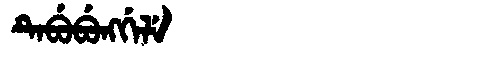
Manchu: ᡨᡝᠪᡠᠪᡠᠩᡤᡝᠯᡝ
Romanization: TEBUBUNGGELE